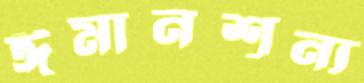
ঈমানশূন্য